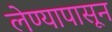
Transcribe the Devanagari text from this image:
लेण्यापासून